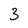
Character: 3